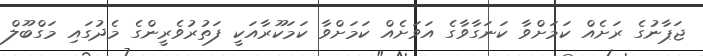
ޖަޕާނުގެ ރަށެއް ކަމަށްވާ ކަނަގާވާގެ އަވަށެއް ކަމަށްވާ ކަމަކޫރާއަކީ ފަތުރުވެރީންގެ މެދުގައި މަގްބޫލް